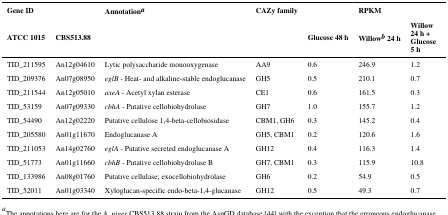
<table><thead><tr><td><b>Gene ID</b></td><td></td><td><b>Annotationa</b></td><td><b>CAZy family</b></td><td></td><td><b>RPKM</b></td><td></td></tr><tr><td><b>ATCC 1015</b></td><td><b>CBS513.88</b></td><td></td><td></td><td><b>Glucose 48 h</b></td><td><b>Willowb 24 h</b></td><td><b>Willow 24 h + Glucose 5 h</b></td></tr></thead><tbody><tr><td>TID_211595</td><td>An12g04610</td><td>Lytic polysaccharide monooxygenase</td><td>AA9</td><td>0.6</td><td>246.9</td><td>1.2</td></tr><tr><td>TID_209376</td><td>An07g08950</td><td><i>eglB</i> - Heat- and alkaline-stable endoglucanase</td><td>GH5</td><td>0.5</td><td>210.1</td><td>0.7</td></tr><tr><td>TID_211544</td><td>An12g05010</td><td><i>axeA</i> - Acetyl xylan esterase</td><td>CE1</td><td>0.6</td><td>161.5</td><td>0.3</td></tr><tr><td>TID_53159</td><td>An07g09330</td><td><i>cbhA</i> - Putative cellobiohydrolase</td><td>GH7</td><td>1.0</td><td>155.7</td><td>1.2</td></tr><tr><td>TID_54490</td><td>An12g02220</td><td>Putative cellulose 1,4-beta-cellobiosidase</td><td>CBM1, GH6</td><td>0.3</td><td>145.2</td><td>0.4</td></tr><tr><td>TID_205580</td><td>An01g11670</td><td>Endoglucanase A</td><td>GH5, CBM1</td><td>0.2</td><td>120.6</td><td>1.6</td></tr><tr><td>TID_211053</td><td>An14g02760</td><td><i>eglA</i> - Putative secreted endoglucanase A</td><td>GH12</td><td>0.4</td><td>116.3</td><td>1.4</td></tr><tr><td>TID_51773</td><td>An01g11660</td><td><i>cbhB</i> - Putative cellobiohydrolase B</td><td>GH7, CBM1</td><td>0.3</td><td>115.9</td><td>10.8</td></tr><tr><td>TID_133986</td><td>An08g01760</td><td>Putative cellulase; exocellobiohydrolase</td><td>GH6</td><td>0.2</td><td>54.9</td><td>0.5</td></tr><tr><td>TID_52011</td><td>An01g03340</td><td>Xyloglucan-specific endo-beta-1,4-glucanase</td><td>GH12</td><td>0.5</td><td>49.3</td><td>0.7</td></tr></tbody></table>